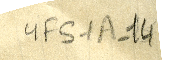
YFS1A-14